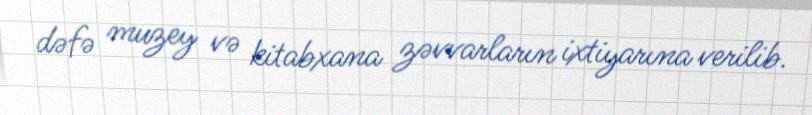
dəfə muzey və kitabxana zəvvarların ixtiyarına verilib.